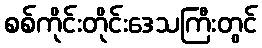
စစ်ကိုင်းတိုင်းဒေသကြီးတွင်